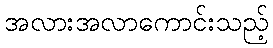
အလားအလာကောင်းသည့်